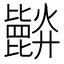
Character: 𣬘